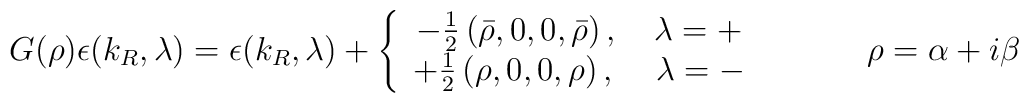
G(\rho )\epsilon (k_{R},\lambda )=\epsilon (k_{R},\lambda )+\left\{ \begin{array}{c}-\frac{1}{2}\left( \bar{\rho},0,0,\bar{\rho}\right) ,\,\,\,\,\,\,\lambda =+\\ +\frac{1}{2}\left( \rho ,0,0,\rho \right) ,\,\,\,\,\,\,\,\lambda =-\end{array}\right. \,\,\,\,\,\,\,\,\,\,\,\,\,\,\,\,\,\,\rho =\alpha +i\beta